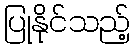
ပြုနိုင်သည့်